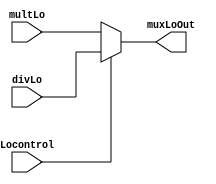

module mux_LO(input wire [31:0] multLo,
              input wire [31:0] divLo,
              input wire Locontrol,
              output wire [31:0] muxLoOut);
  
  assign muxLoOut = (Locontrol == 1'b0) ? multLo : divLo;
  
  
endmodule